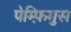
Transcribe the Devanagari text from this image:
पेम्फ़िगुस